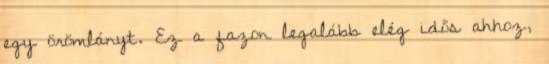
egy örömlányt. Ez a fazon legalább elég idős ahhoz,